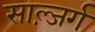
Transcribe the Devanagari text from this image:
साल्ज़र्ग